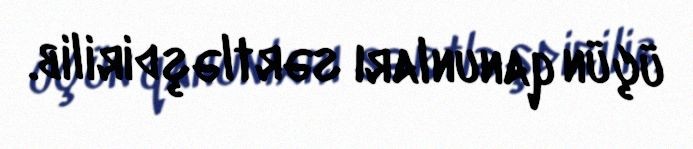
üçün qanunları sərtləşdirilib.